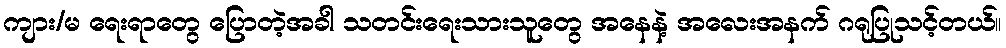
ကျား/မ ရေးရာတွေ ပြောတဲ့အခါ သတင်းရေးသားသူတွေ အနေနဲ့ အလေးအနက် ဂရုပြုသင့်တယ်။